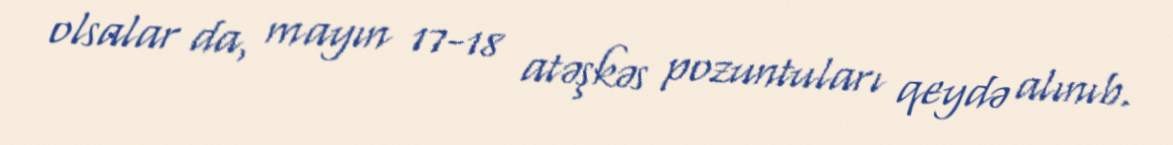
olsalar da, mayın 17-18 atəşkəs pozuntuları qeydə alınıb.